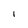
Character: i